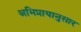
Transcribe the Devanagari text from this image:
अभिप्रायानुसार